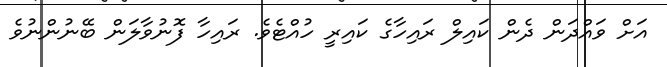
އަށް ވައްދަން ދެން ކައިލް ރައިހާގެ ކައިރީ ހުއްޓެވެ. ރައިހާ ފޮނުވާލަން ބޭނުންނުވެ